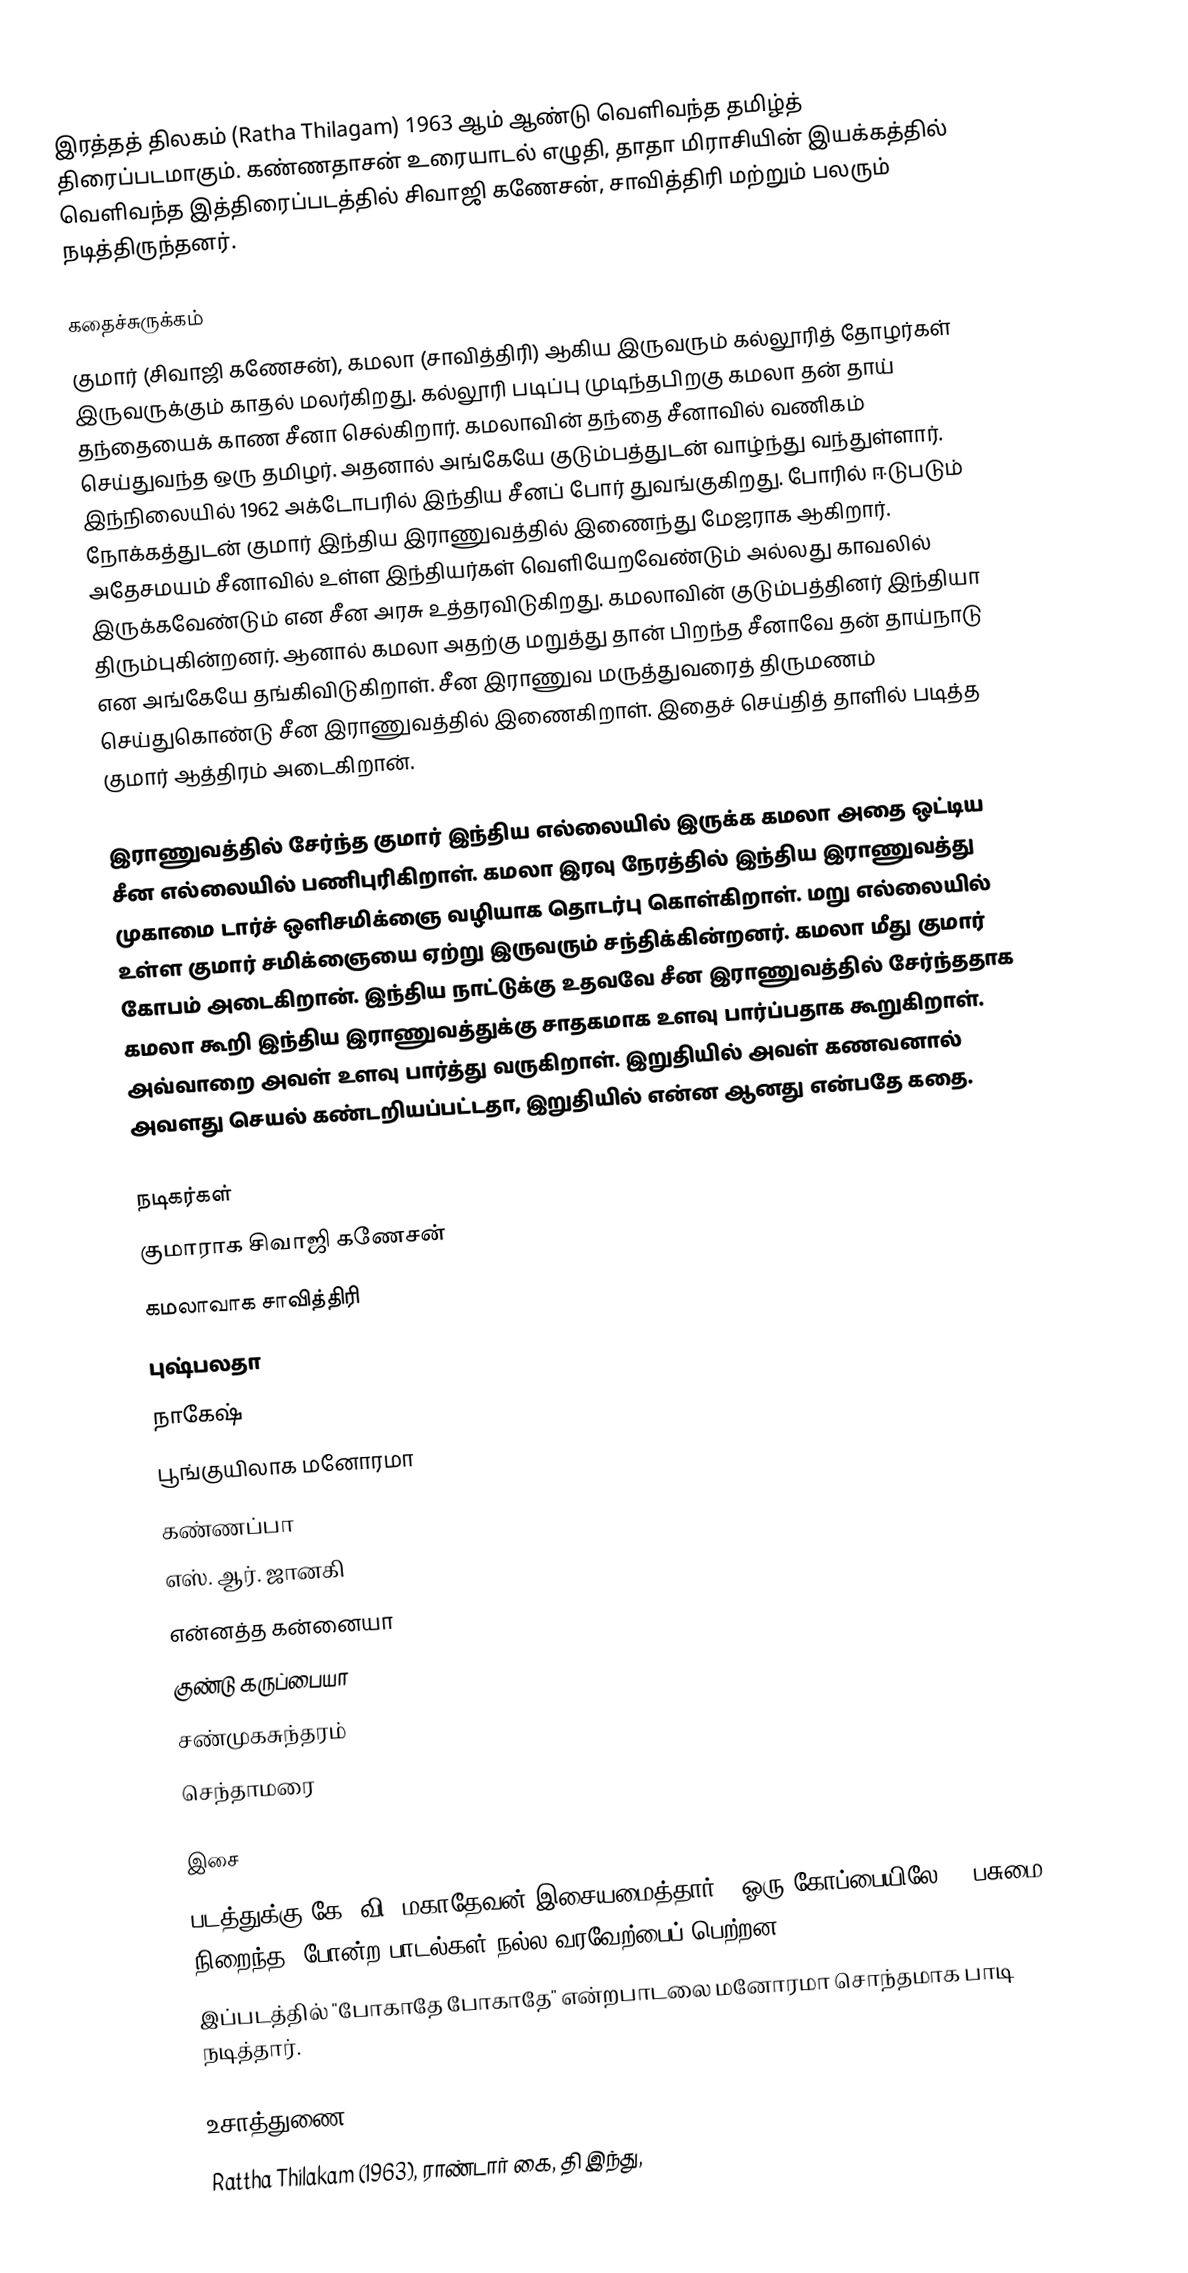
இரத்தத் திலகம் (Ratha Thilagam) 1963 ஆம் ஆண்டு வெளிவந்த தமிழ்த் திரைப்படமாகும்.  கண்ணதாசன் உரையாடல் எழுதி, தாதா மிராசியின் இயக்கத்தில் வெளிவந்த இத்திரைப்படத்தில் சிவாஜி கணேசன், சாவித்திரி மற்றும் பலரும் நடித்திருந்தனர்.

கதைச்சுருக்கம்
குமார் (சிவாஜி கணேசன்), கமலா (சாவித்திரி) ஆகிய இருவரும் கல்லூரித் தோழர்கள் இருவருக்கும் காதல் மலர்கிறது. கல்லூரி படிப்பு முடிந்தபிறகு கமலா தன் தாய் தந்தையைக் காண சீனா செல்கிறார். கமலாவின் தந்தை சீனாவில் வணிகம் செய்துவந்த ஒரு தமிழர். அதனால் அங்கேயே குடும்பத்துடன் வாழ்ந்து வந்துள்ளார். இந்நிலையில் 1962 அக்டோபரில் இந்திய சீனப் போர் துவங்குகிறது. போரில் ஈடுபடும் நோக்கத்துடன் குமார் இந்திய இராணுவத்தில் இணைந்து மேஜராக ஆகிறார். அதேசமயம் சீனாவில் உள்ள இந்தியர்கள் வெளியேறவேண்டும் அல்லது காவலில் இருக்கவேண்டும் என சீன அரசு உத்தரவிடுகிறது. கமலாவின் குடும்பத்தினர் இந்தியா திரும்புகின்றனர். ஆனால் கமலா அதற்கு மறுத்து தான் பிறந்த சீனாவே தன் தாய்நாடு என அங்கேயே தங்கிவிடுகிறாள். சீன இராணுவ மருத்துவரைத் திருமணம் செய்துகொண்டு சீன இராணுவத்தில் இணைகிறாள். இதைச் செய்தித் தாளில் படித்த குமார் ஆத்திரம் அடைகிறான்.

இராணுவத்தில் சேர்ந்த குமார் இந்திய எல்லையில் இருக்க கமலா அதை ஒட்டிய சீன எல்லையில் பணிபுரிகிறாள். கமலா இரவு நேரத்தில் இந்திய இராணுவத்து முகாமை டார்ச் ஒளிசமிக்ஞை வழியாக தொடர்பு கொள்கிறாள். மறு எல்லையில் உள்ள குமார் சமிக்ஞையை ஏற்று இருவரும் சந்திக்கின்றனர். கமலா மீது குமார் கோபம் அடைகிறான். இந்திய நாட்டுக்கு உதவவே சீன இராணுவத்தில் சேர்ந்ததாக கமலா கூறி இந்திய இராணுவத்துக்கு சாதகமாக உளவு பார்ப்பதாக கூறுகிறாள். அவ்வாறை அவள் உளவு பார்த்து வருகிறாள். இறுதியில் அவள் கணவனால் அவளது செயல் கண்டறியப்பட்டதா, இறுதியில் என்ன ஆனது என்பதே கதை.

நடிகர்கள்
 குமாராக சிவாஜி கணேசன்
 கமலாவாக சாவித்திரி
 புஷ்பலதா
 நாகேஷ்
 பூங்குயிலாக மனோரமா
 கண்ணப்பா
 எஸ். ஆர். ஜானகி
 என்னத்த கன்னையா
 குண்டு கருப்பையா
 சண்முகசுந்தரம்
 செந்தாமரை

இசை
படத்துக்கு கே. வி. மகாதேவன் இசையமைத்தார். "ஓரு கோப்பையிலே", "பசுமை நிறைந்த" போன்ற பாடல்கள் நல்ல வரவேற்பைப் பெற்றன.
இப்படத்தில் "போகாதே போகாதே" என்றபாடலை மனோரமா சொந்தமாக பாடி நடித்தார்.

உசாத்துணை
Rattha Thilakam (1963), ராண்டார் கை, தி இந்து,